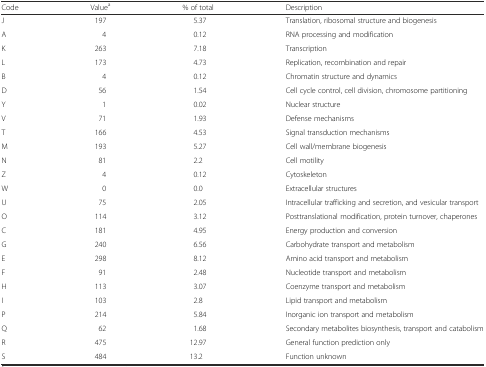
<table><thead><tr><td><b>Code</b></td><td><b>Value<sup>a</sup></b></td><td><b>% of total</b></td><td><b>Description</b></td></tr></thead><tbody><tr><td>J</td><td>197</td><td>5.37</td><td>Translation, ribosomal structure and biogenesis</td></tr><tr><td>A</td><td>4</td><td>0.12</td><td>RNA processing and modification</td></tr><tr><td>K</td><td>263</td><td>7.18</td><td>Transcription</td></tr><tr><td>L</td><td>173</td><td>4.73</td><td>Replication, recombination and repair</td></tr><tr><td>B</td><td>4</td><td>0.12</td><td>Chromatin structure and dynamics</td></tr><tr><td>D</td><td>56</td><td>1.54</td><td>Cell cycle control, cell division, chromosome partitioning</td></tr><tr><td>Y</td><td>1</td><td>0.02</td><td>Nuclear structure</td></tr><tr><td>V</td><td>71</td><td>1.93</td><td>Defense mechanisms</td></tr><tr><td>T</td><td>166</td><td>4.53</td><td>Signal transduction mechanisms</td></tr><tr><td>M</td><td>193</td><td>5.27</td><td>Cell wall/membrane biogenesis</td></tr><tr><td>N</td><td>81</td><td>2.2</td><td>Cell motility</td></tr><tr><td>Z</td><td>4</td><td>0.12</td><td>Cytoskeleton</td></tr><tr><td>W</td><td>0</td><td>0.0</td><td>Extracellular structures</td></tr><tr><td>U</td><td>75</td><td>2.05</td><td>Intracellular trafficking and secretion, and vesicular transport</td></tr><tr><td>O</td><td>114</td><td>3.12</td><td>Posttranslational modification, protein turnover, chaperones</td></tr><tr><td>C</td><td>181</td><td>4.95</td><td>Energy production and conversion</td></tr><tr><td>G</td><td>240</td><td>6.56</td><td>Carbohydrate transport and metabolism</td></tr><tr><td>E</td><td>298</td><td>8.12</td><td>Amino acid transport and metabolism</td></tr><tr><td>F</td><td>91</td><td>2.48</td><td>Nucleotide transport and metabolism</td></tr><tr><td>H</td><td>113</td><td>3.07</td><td>Coenzyme transport and metabolism</td></tr><tr><td>I</td><td>103</td><td>2.8</td><td>Lipid transport and metabolism</td></tr><tr><td>P</td><td>214</td><td>5.84</td><td>Inorganic ion transport and metabolism</td></tr><tr><td>Q</td><td>62</td><td>1.68</td><td>Secondary metabolites biosynthesis, transport and catabolism</td></tr><tr><td>R</td><td>475</td><td>12.97</td><td>General function prediction only</td></tr><tr><td>S</td><td>484</td><td>13.2</td><td>Function unknown</td></tr></tbody></table>